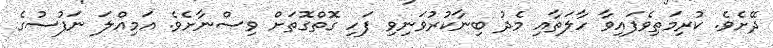
ދޭށެވެ. ކުރިމަތިވެފައިވާ ހާލަތާއި މެދު ބިނާކުރުވަނިވި ފަހި ގޮތްގޮތަށް ވިސްނާށެވެ. އަމިއްލަ ނަފުސުގެ